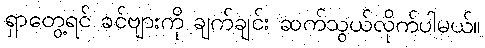
ရှာတွေ့ရင် ခင်ဗျားကို ချက်ချင်း ဆက်သွယ်လိုက်ပါမယ်။